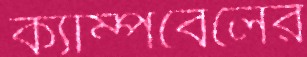
ক্যাম্পবেলের